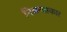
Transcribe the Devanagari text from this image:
निबन्धाकार